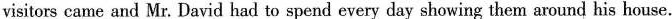
visitors came and Mr. David had to spend every day showing them around his house.